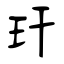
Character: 玕